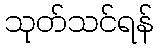
သုတ်သင်ရန်